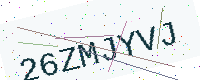
Text: 26ZMJYVJ